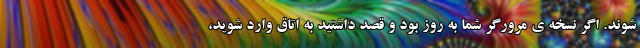
شوند. اگر نسخه ی مرورگر شما به روز بود و قصد داشتید به اتاق وارد شوید،